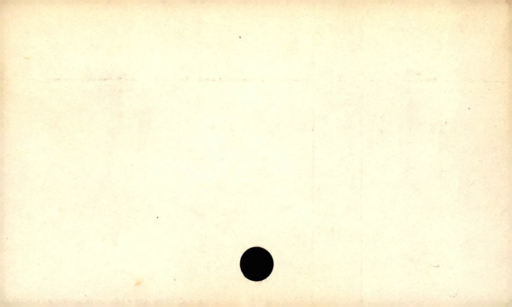
Label: blank